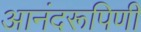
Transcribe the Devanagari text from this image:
आनंदरूपिणी